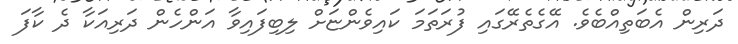
ދަރިން އެބަތިއްބެެވެ. އޭގެތެރޭގައި ފުރަތަމަ ކައިވެންޏަށް ލިބިފައިވާ އަންހެން ދަރިއަކާ ދެ ކާފަ